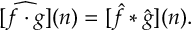
[ { \widehat { f \cdot g } } ] ( n ) = [ { \hat { f } } * { \hat { g } } ] ( n ) .